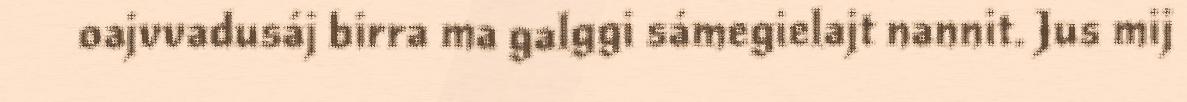
oajvvadusáj birra ma galggi sámegielajt nannit. Jus mij